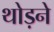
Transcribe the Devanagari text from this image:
थोड़ने